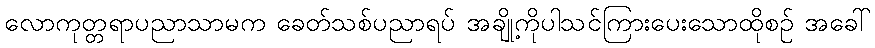
လောကုတ္တရာပညာသာမက ခေတ်သစ်ပညာရပ် အချို့ကိုပါသင်ကြားပေးသောထိုစဉ် အခေါ်